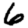
Digit: 6